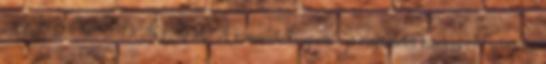
KEZDŐOLDALRA A kommentelés opció, a jó magaviselet kötelező Moderációs